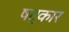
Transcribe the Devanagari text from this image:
षट्‌कार